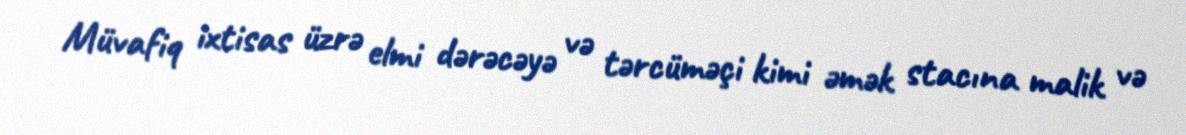
Müvafiq ixtisas üzrə elmi dərəcəyə və tərcüməçi kimi əmək stacına malik və